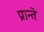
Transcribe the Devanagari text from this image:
प्रान्ते